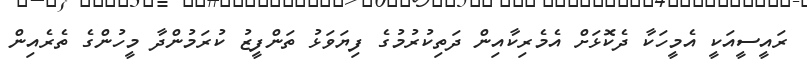
ރައީސީއަކީ އެމީހަކާ ދެކޮޅަށް އެމެރިކާއިން ދަތިކުރުމުގެ ފިޔަވަޅު ތަންފީޒު ކުރަމުންދާ މީހުންގެ ތެރެއިން